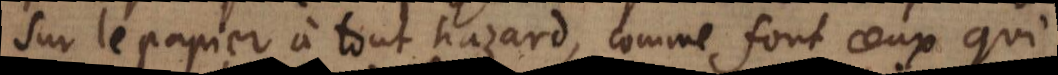
sur le papier à tout hazard, comme font ceux qui